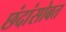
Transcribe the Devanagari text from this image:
छंदांसोबत